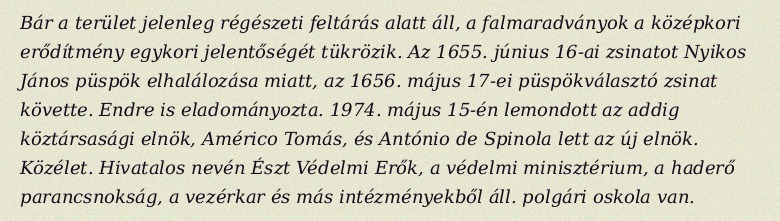
Bár a terület jelenleg régészeti feltárás alatt áll, a falmaradványok a középkori erődítmény egykori jelentőségét tükrözik. Az 1655. június 16-ai zsinatot Nyikos János püspök elhalálozása miatt, az 1656. május 17-ei püspökválasztó zsinat követte. Endre is eladományozta. 1974. május 15-én lemondott az addig köztársasági elnök, Américo Tomás, és António de Spinola lett az új elnök. Közélet. Hivatalos nevén Észt Védelmi Erők, a védelmi minisztérium, a haderő parancsnokság, a vezérkar és más intézményekből áll. polgári oskola van.